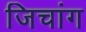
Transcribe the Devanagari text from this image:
जिचांग